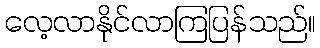
လေ့လာနိုင်လာကြပြန်သည်။